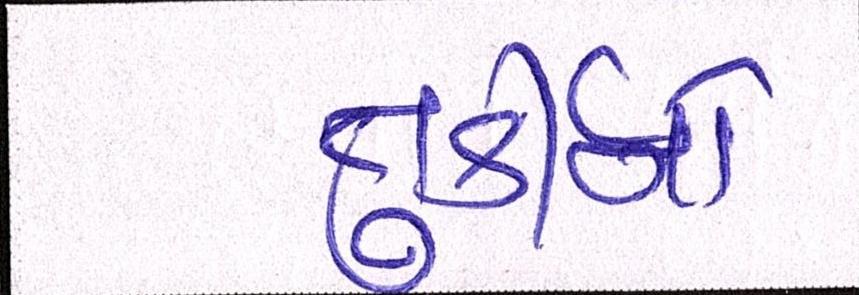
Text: તુર્કીનો